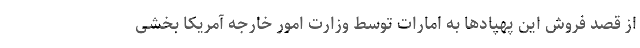
از قصد فروش این پهپادها به امارات توسط وزارت امور خارجه آمریکا بخشی